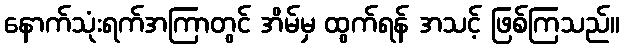
နောက်သုံးရက်အကြာတွင် အိမ်မှ ထွက်ရန် အသင့် ဖြစ်ကြသည်။